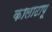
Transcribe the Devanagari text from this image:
कालाटापू